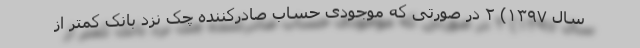
سال ۱۳۹۷) ۲ در صورتی که موجودی حساب صادرکننده چک نزد بانک کمتر از